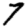
Digit: 7